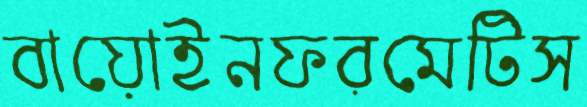
বায়োইনফরমেটিস